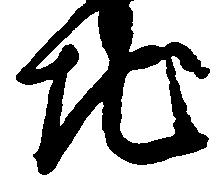
地